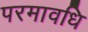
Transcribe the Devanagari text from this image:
परमावधि